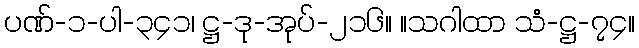
ပဏ်-၁-ပါ-၃၄၁၊ ဋ္ဌ-ဒု-အုပ်-၂၁၆။ ။သဂါထာ သံ-ဋ္ဌ-၇၄။